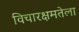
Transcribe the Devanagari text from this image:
विचारक्षमतेला